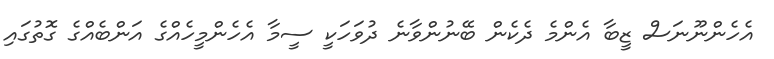
އެހެންނޫނަސް ޒީބާ އެންމެ ދެކެން ބޭނުންވާނެ ދުވަހަކީ ސީމާ އެހެންމީހެއްގެ އަންބެއްގެ ގޮތުގައި